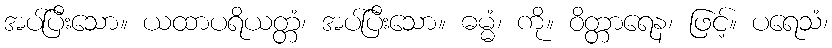
အပ်ပြီးသော။ ယထာပရိယတ္တံ၊ အပ်ပြီးသော။ ဓမ္မံ၊ ကို။ ဝိတ္တာရေန၊ ဖြင့်။ ပရေသံ၊